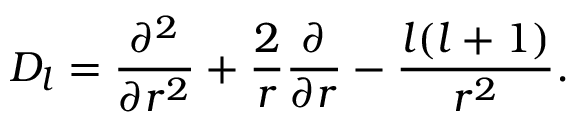
D _ { l } = { \frac { \partial ^ { 2 } } { \partial r ^ { 2 } } } + { \frac { 2 } { r } } { \frac { \partial } { \partial r } } - { \frac { l ( l + 1 ) } { r ^ { 2 } } } .